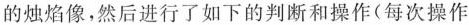
的烛焰像，然后进行了如下的判断和操作(每次操作